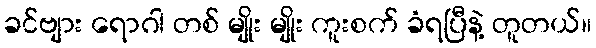
ခင်ဗျား ရောဂါ တစ် မျိုး မျိုး ကူးစက် ခံရပြီနဲ့ တူတယ်။